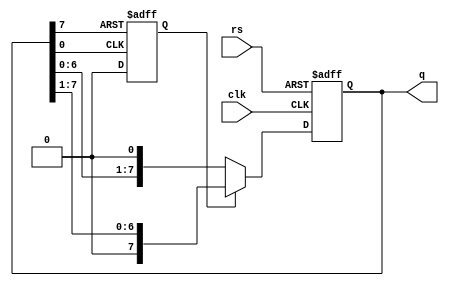
`timescale 1ns / 1ps
//////////////////////////////////////////////////////////////////////////////////
// Company: 
// 
// Design Name: 
// Module Name:    led_1bit 
// Project Name: 
// Target Devices: 
// Tool versions: 
// Description: 
//
// Dependencies: 
//
// Revision: 
// Revision 0.01 - File Created
// Additional Comments: 
//
//////////////////////////////////////////////////////////////////////////////////
module led_1bit(
input clk, rs,
output [7:0] q
    );
reg lr;
wire [7:0] r_next;
reg [7:0] r_reg;

always @ (posedge clk, posedge rs)
if(rs)
begin
r_reg<=8'b00000001;
end
else
r_reg<=r_next;
assign r_next=(lr==0)?{r_reg[6:0],1'b0}:{1'b0, r_reg[7:1]};
always @(posedge r_reg[7], posedge r_reg[0])

if(r_reg[7])
lr=1;
else if (r_reg[0])
lr=0;

assign q=r_reg;
endmodule